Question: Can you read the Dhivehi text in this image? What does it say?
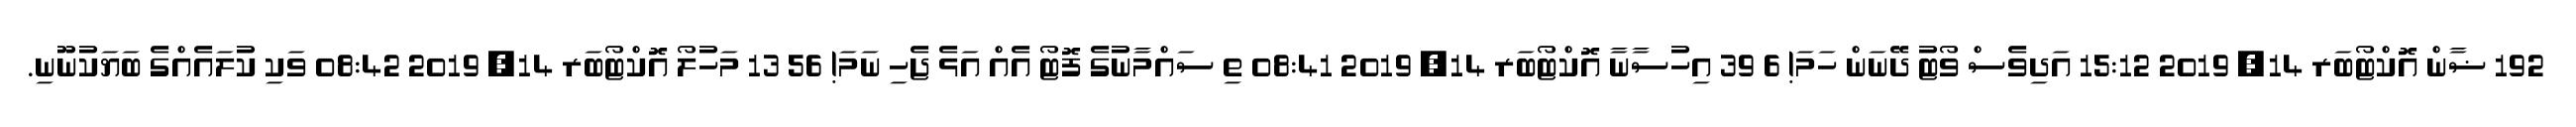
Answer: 192 ޟާން އޮކްޓޯބަރ 14, 2019 15:12 އަދިވެސް ވޯޓު ދޭނަން ހަމަ! 6 39 އިހުސާނާ އޮކްޓޯބަރ 14, 2019 08:41 ތި ސައްމާނުގެ ފޮޓޯ އެއް އަޅެ ޖެހި ނަމަ! 56 13 މަހުލޯ އޮކްޓޯބަރ 14, 2019 08:42 ވަކި ކުލައެއްގެ ބަޔަކުނޫނި.